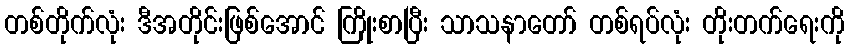
တစ်တိုက်လုံး ဒီအတိုင်းဖြစ်အောင် ကြိုးစာပြီး သာသနာတော် တစ်ရပ်လုံး တိုးတက်ရေးကို